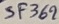
Text: SF369